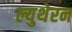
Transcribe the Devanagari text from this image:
ल्युथेरन